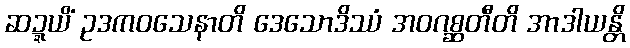
ဆဍ္ဍယိံ ဥဒကဝသေနာတိ ဒေသောဒိဿံ အဝဂစ္ဆတီတိ အာဒါယန္တိ